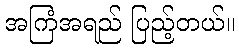
အကြံအရည် ပြည့်တယ်။